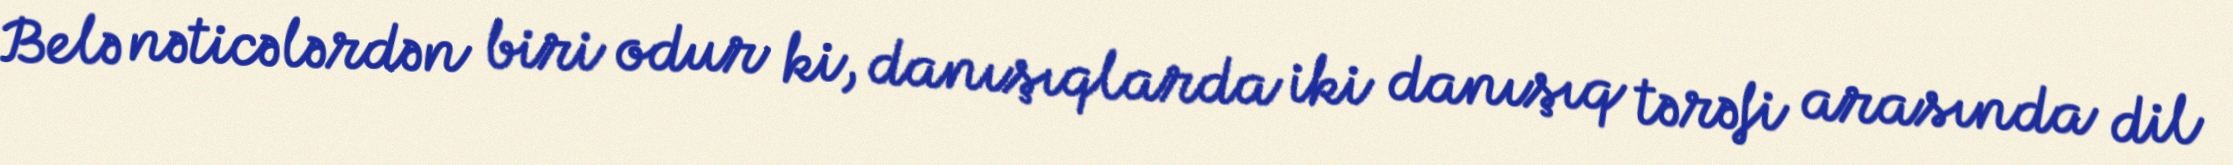
Belə nəticələrdən biri odur ki, danışıqlarda iki danışıq tərəfi arasında dil